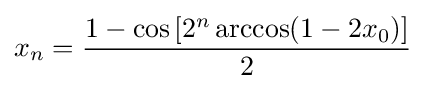
{\displaystyle x_{n}={\frac {1-\cos \left[2^{n}\arccos(1-2x_{0})\right]}{2}}}